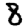
Digit: 8